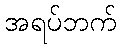
အရပ်ဘက်